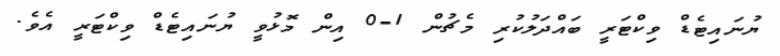
ޔުނައިޓެޑް ވިކްޓަރީ ބައްދަލުކުރި މެޗުން 1-0 އިން މޮޅުވީ ޔުނައިޓެޑް ވިކްޓަރީ އެވެ.